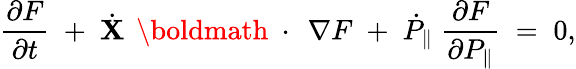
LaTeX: \frac{\partial F}{\partial t}\; +\; \dot{\mathbf X}\, \mathrm{~\boldmath~\cdot~}\, \nabla F\; +\; \dot{P}_{\| }\; \frac{\partial F}{\partial P_{\| }}\; =\; 0,